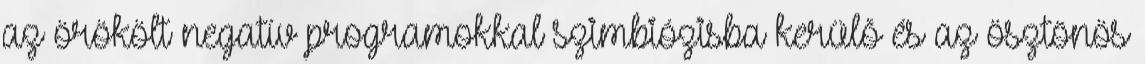
az örökölt negatív programokkal szimbiózisba kerülõ és az ösztönös